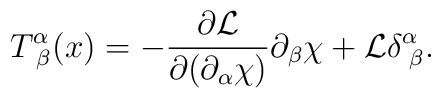
T_{\,\,\beta }^\alpha (x)=-\frac{\partial \mathcal{L}}{\partial (\partial_\alpha \chi )}\partial _\beta \chi +\mathcal{L}\delta _{\,\,\beta }^\alpha.